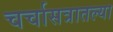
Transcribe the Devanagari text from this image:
चर्चासत्रातल्या